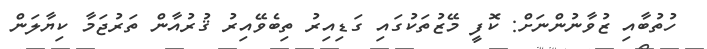
ހުތުބާއި ޒުވާނުންނަށް: ކޮފީ މޭޒުތަކުގައި ގަޑިއިރު ތިބެވޭއިރު ޤުރުއާން ތަރުޖަމާ ކިޔާލަން